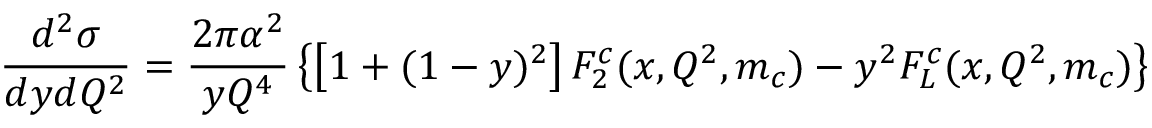
\frac { d ^ { 2 } \sigma } { d y d Q ^ { 2 } } = \frac { 2 \pi \alpha ^ { 2 } } { y Q ^ { 4 } } \left\{ \left[ 1 + ( 1 - y ) ^ { 2 } \right] F _ { 2 } ^ { c } ( x , Q ^ { 2 } , m _ { c } ) - y ^ { 2 } F _ { L } ^ { c } ( x , Q ^ { 2 } , m _ { c } ) \right\}